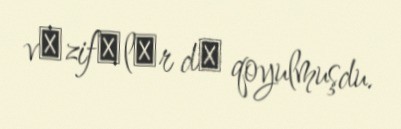
vәzifәlәr dә qoyulmuşdu.